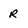
Character: r